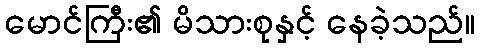
မောင်ကြီး၏ မိသားစုနှင့် နေခဲ့သည်။